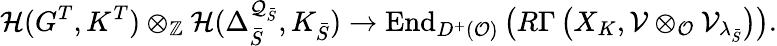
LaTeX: {\mathcal H}(G^{T},K^{T})\otimes_{{\mathbb Z}}{\mathcal H}({\Delta}_{\bar{S}}^{{\mathcal Q}_{\bar{S}}},K_{\bar{S}})\to\mathrm{End}_{D^{+}({\mathcal O})}\left(R\Gamma\left(X_{K},{\mathcal V}\otimes_{{\mathcal O}}{\mathcal V}_{{\lambda_{\bar{S}}}}\right)\right).